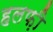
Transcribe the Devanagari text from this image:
हलफ़ी